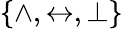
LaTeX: \{ \land,\leftrightarrow,\bot\}